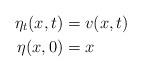
LaTeX: \begin{align*} \eta_t (x,t) &= v(x,t) \\ \eta (x,0) &= x \end{align*}